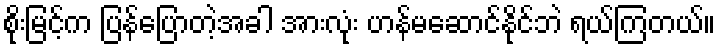
စိုးမြင့်က ပြန်ပြောတဲ့အခါ အားလုံး ဟန်မဆောင်နိုင်ဘဲ ရယ်ကြတယ်။